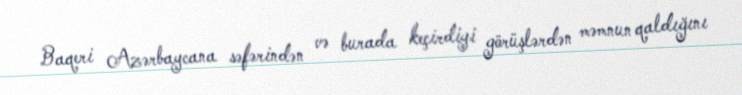
Baqeri Azərbaycana səfərindən və burada keçirdiyi görüşlərdən məmnun qaldığını